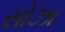
સોઝા